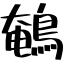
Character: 鵪